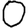
Digit: 0